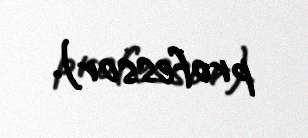
professor).